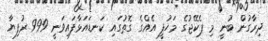
ދިރާގުން ބުނީ މި ޕެކޭޖުގެ މަހުފީ އެއްގެ ގޮތުގައި ކަނޑައަޅާފައިވަނީ 999 ރުފިޔާ